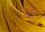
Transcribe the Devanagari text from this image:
भूया